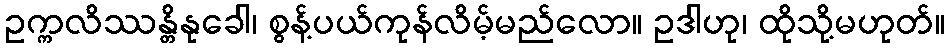
ဥက္ကလိဿန္တိနုခေါ၊ စွန့်ပယ်ကုန်လိမ့်မည်လော။ ဥဒါဟု၊ ထိုသို့မဟုတ်။